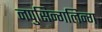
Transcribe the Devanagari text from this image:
नपुसिन्गलिन्ग